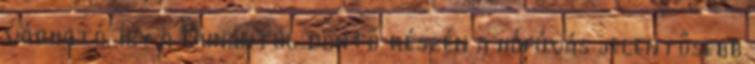
várható, így a Dunántúl döntő részén a hófúvás jelentősebb